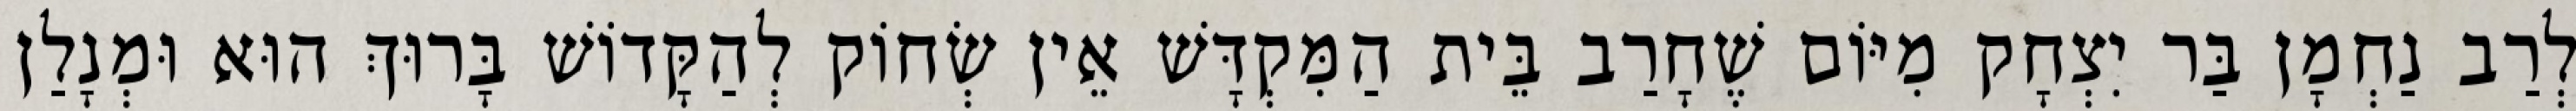
לְרַב נַחְמָן בַּר יִצְחָק מִיּוֹם שֶׁחָרַב בֵּית הַמִּקְדָּשׁ אֵין שְׂחוֹק לְהַקָּדוֹשׁ בָּרוּךְ הוּא וּמְנָלַן